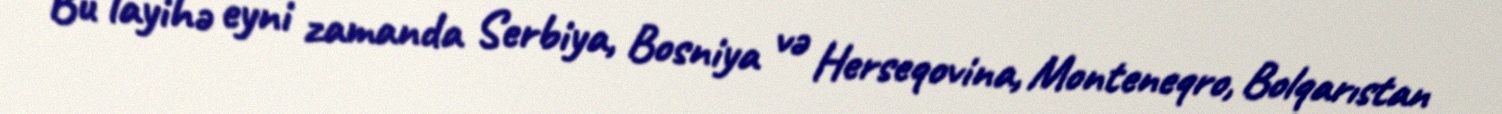
Bu layihə eyni zamanda Serbiya, Bosniya və Herseqovina, Monteneqro, Bolqarıstan